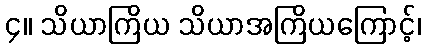
၄။ သိယာကြိယ သိယာအကြိယကြောင့်၊